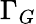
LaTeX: \Gamma_{G}